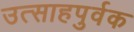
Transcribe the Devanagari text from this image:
उत्साहपुर्वक